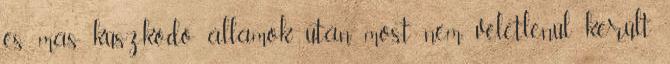
és más küszködő államok után most nem véletlenül került